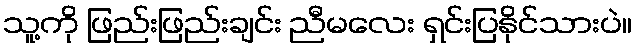
သူ့ကို ဖြည်းဖြည်းချင်း ညီမလေး ရှင်းပြနိုင်သားပဲ။